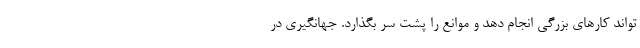
‌تواند کارهای بزرگی انجام دهد و موانع را پشت سر بگذارد. جهانگیری در